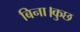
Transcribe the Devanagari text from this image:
बिना।कुछ